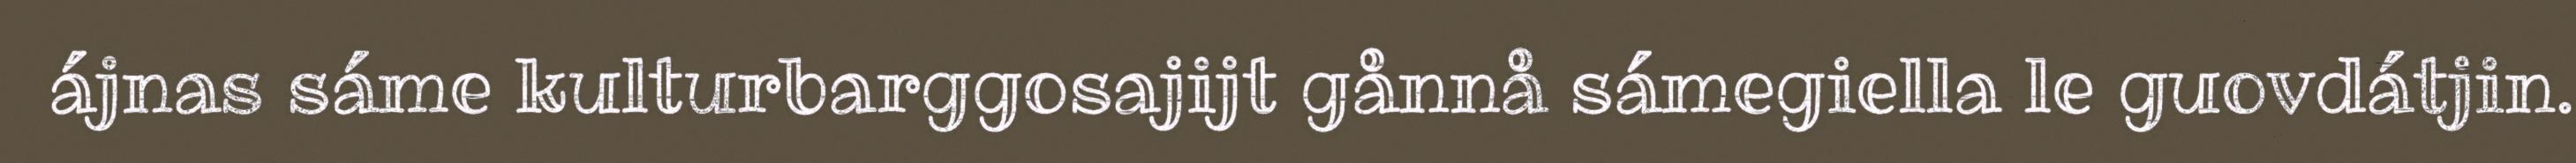
ájnas sáme kulturbarggosajijt gånnå sámegiella le guovdátjin.